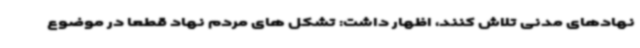
نهادهای مدنی تلاش کنند، اظهار داشت: تشکل های مردم نهاد قطعاً در موضوع